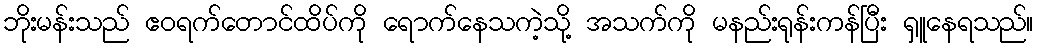
ဘိုးမန်းသည် ဧဝရက်တောင်ထိပ်ကို ရောက်နေသကဲ့သို့ အသက်ကို မနည်းရုန်းကန်ပြီး ရှူနေရသည်။